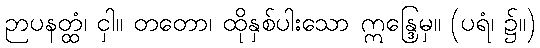
ဉာပနတ္ထံ၊ ငှါ။ တတော၊ ထိုနှစ်ပါးသော ဣန္ဒြေမှ။ (ပရံ၊ ၌။)